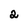
Character: 2